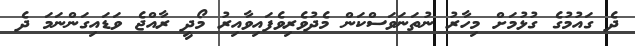
ދެ ގައުމުގެ ގުޅުމަށް މިހާރު ނުތަނަވަސްކަން މެދުވެރިވެފައިވާއިރު މޯދީ ރާއްޖެ ވަޑައިގަންނަމަ ދެ